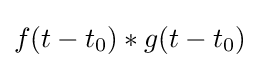
f(t-t_{0})*g(t-t_{0})